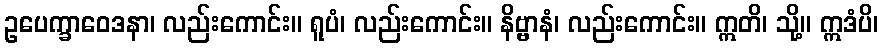
ဥပေက္ခာဝေဒနာ၊ လည်းကောင်း။ ရူပံ၊ လည်းကောင်း။ နိဗ္ဗာနံ၊ လည်းကောင်း။ ဣတိ၊ သို့။ ဣဒံပိ၊